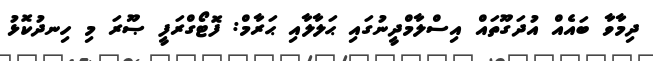
ދިމާވާ ބައެއް އުދަގޫތައް އިސްލާމްދީނުގައި ޙަލާލާއި ޙަރާމް: ފޮޓޯގްރަފީ ޞޫރަ މި ހިނދުކޮޅު